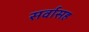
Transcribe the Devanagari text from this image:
सर्वासह